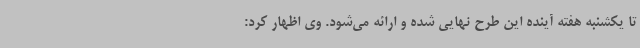
تا یکشنبه هفته آینده این طرح نهایی شده و ارائه می‌شود. وی اظهار کرد: